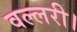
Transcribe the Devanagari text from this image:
वल्लरी।